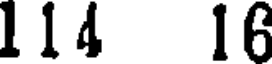
114 16